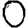
Digit: 0